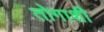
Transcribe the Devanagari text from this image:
तोगाशी